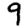
Digit: 9